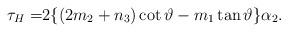
LaTeX: \begin{align*}\tau_{H}=&2\{(2m_{2}+n_{3})\cot \vartheta -m_{1}\tan \vartheta \}\alpha_{2}.\end{align*}